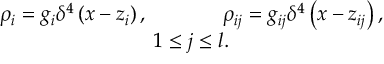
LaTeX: \begin{array} { c } { { \rho _ { i } = g _ { i } \delta ^ { 4 } \left( x - z _ { i } \right) , \, \, \, \, \, \, \, \, \, \, \, \, \, \, \, \, \, \, \, \, \, \, \rho _ { i j } = g _ { i j } \delta ^ { 4 } \left( x - z _ { i j } \right) , } } \\ { { 1 \leq j \leq l . } } \end{array}